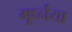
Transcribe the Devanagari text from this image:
मूर्ध्नया